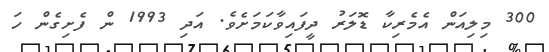
300 މިލިއަން އެމެރިކާ ޑޮލަރު ދީފައިވާކަމަށެވެ. އަދި 1993 ން ފެށިގެން ހަ